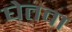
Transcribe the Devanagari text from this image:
घेतवा